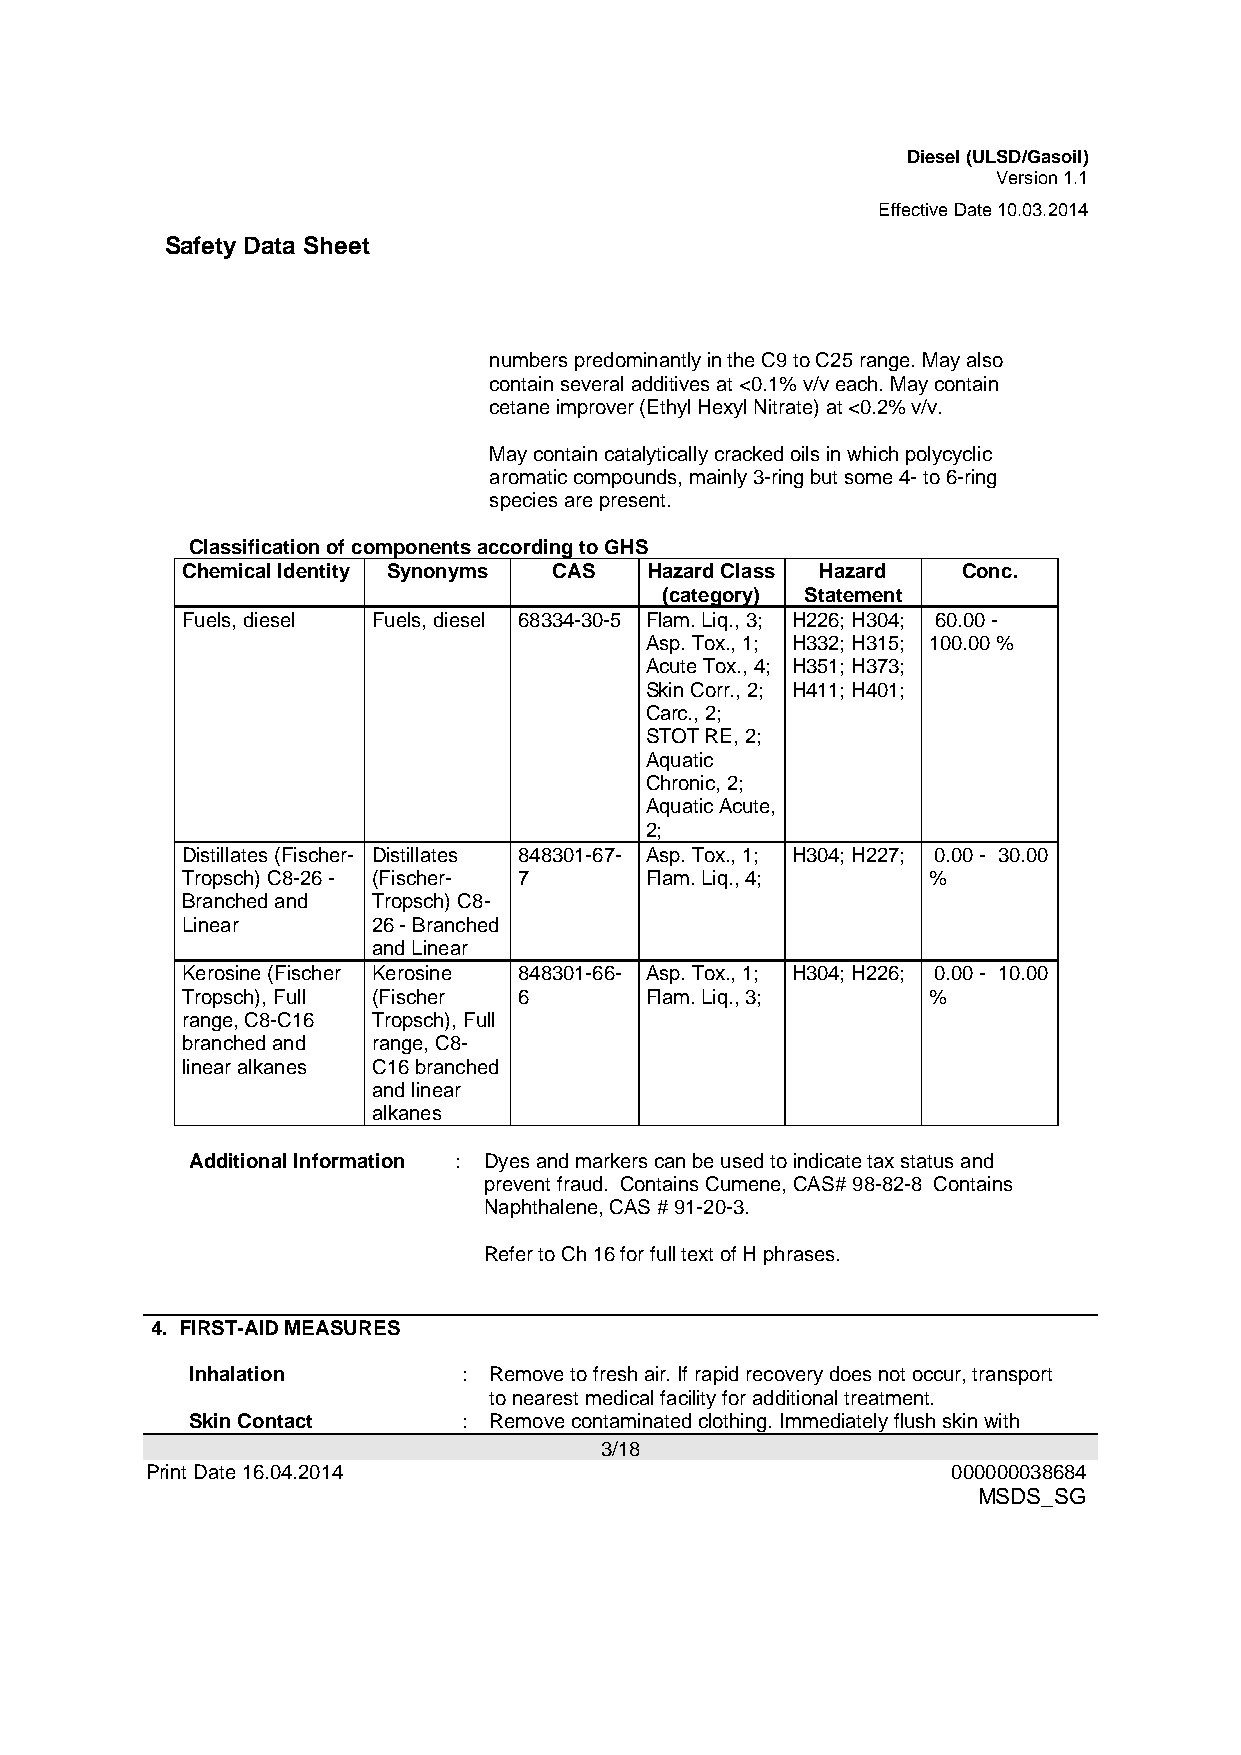
Diesel (ULSD/Gasoil)
 Version 1.1
 Effective Date 10.03.2014
 Safety Data Sheet
 numbers predominantly in the C9 to C25 range. May also
 contain several additives at <0.1% v/v each. May contain
 cetane improver (Ethyl Hexyl Nitrate) at <0.2% v/v.
 May contain catalytically cracked oils in which polycyclic
 aromatic compounds, mainly 3-ring but some 4- to 6-ring
 species are present.
 Classification of components according to GHS
 Chemical Identity Synonyms CAS Hazard Class Hazard  Conc.
 (category) Statement
 Fuels, diesel Fuels, diesel 68334-30-5 Flam. Liq., 3; H226; H304; 60.00 -
 Asp. Tox., 1; H332; H315; 100.00 %
 Acute Tox., 4; H351; H373;
 Skin Corr., 2; H411; H401;
 Carc., 2;
 STOT RE, 2;
 Aquatic
 Chronic, 2;
 Aquatic Acute,
 2;
 Distillates (Fischer- Distillates 848301-67- Asp. Tox., 1; H304; H227; 0.00 - 30.00
 Tropsch) C8-26 - (Fischer- 7   Flam. Liq., 4;    %
 Branched and Tropsch) C8-
 Linear       26 - Branched
 and Linear
 Kerosine (Fischer Kerosine 848301-66- Asp. Tox., 1; H304; H226; 0.00 - 10.00
 Tropsch), Full (Fischer 6      Flam. Liq., 3;    %
 range, C8-C16 Tropsch), Full
 branched and range, C8-
 linear alkanes C16 branched
 and linear
 alkanes
 Additional Information : Dyes and markers can be used to indicate tax status and
 prevent fraud. Contains Cumene, CAS# 98-82-8 Contains
 Naphthalene, CAS # 91-20-3.
 Refer to Ch 16 for full text of H phrases.
 4. FIRST-AID MEASURES
 Inhalation        : Remove to fresh air. If rapid recovery does not occur, transport
 to nearest medical facility for additional treatment.
 Skin Contact      : Remove contaminated clothing. Immediately flush skin with
 3/18
 Print Date 16.04.2014                                000000038684
 MSDS_SG